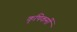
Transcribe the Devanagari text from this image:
कृषिकर्मी